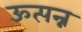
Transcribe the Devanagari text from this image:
ऊत्पन्न